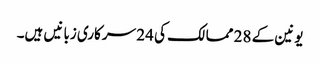
یونین کے 28 ممالک کی 24 سرکاری زبانیں ہیں۔